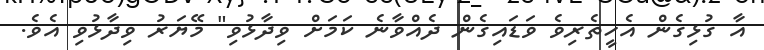
އާ ގުޅިގެން އެހީތެރިވެ ވަޑައިގެން ދެއްވާނެ ކަމަށް ވިދާޅުވި" މޭޔަރު ވިދާޅުވި އެވެ.